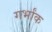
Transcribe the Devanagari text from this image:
गर्भांक